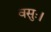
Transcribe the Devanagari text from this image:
वसुः।